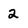
Character: 2